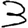
Digit: 3